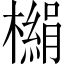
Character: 㯞